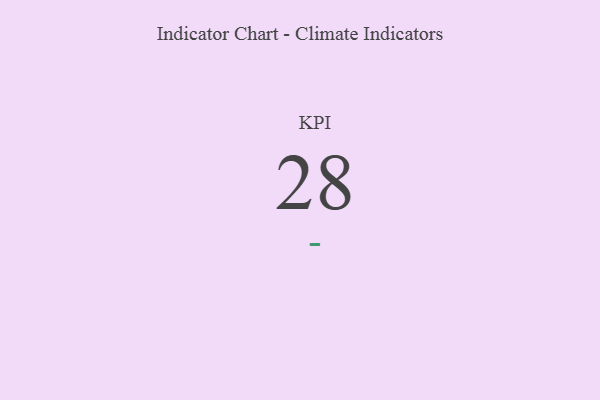
{"axis": {"x": "KPI", "y": "Value"}, "legend": [""], "data": [{"x": "KPI", "y": 28, "type": ""}]}